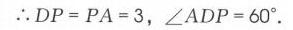
\(\therefore DP = PA = 3,\angle ADP = 60^{\circ}\).